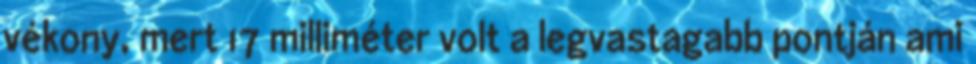
vékony, mert 17 milliméter volt a legvastagabb pontján ami